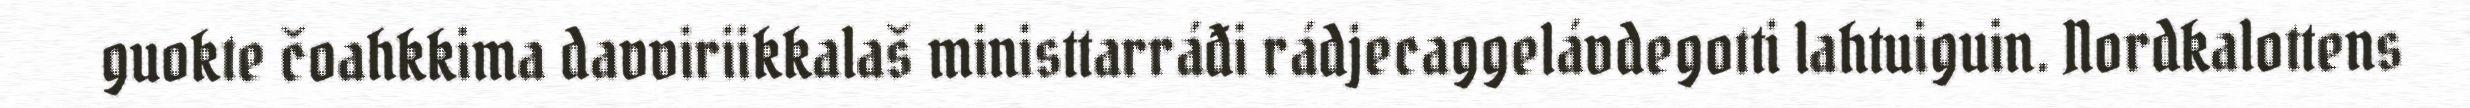
guokte čoahkkima davviriikkalaš ministtarráđi rádjecaggelávdegotti lahtuiguin. Nordkalottens